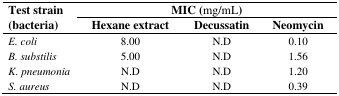
<table><thead><tr><td rowspan="2"><b>Test strain (bacteria)</b></td><td colspan="3"><b>MIC (mg/mL)</b></td></tr><tr><td><b>Hexane extract</b></td><td><b>Decussatin</b></td><td><b>Neomycin</b></td></tr></thead><tbody><tr><td><i>E. coli</i></td><td>8.00</td><td>N.D</td><td>0.10</td></tr><tr><td><i>B. substilis</i></td><td>5.00</td><td>N.D</td><td>1.56</td></tr><tr><td><i>K. pneumonia</i></td><td>N.D</td><td>N.D</td><td>1.20</td></tr><tr><td><i>S. aureus</i></td><td>N.D</td><td>N.D</td><td>0.39</td></tr></tbody></table>